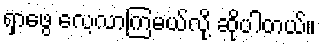
ရှာဖွေ လေ့လာကြမယ်လို့ ဆိုပါတယ်။